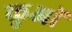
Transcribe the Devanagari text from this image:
कुआॅ